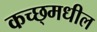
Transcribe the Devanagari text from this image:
कच्छ्मधील